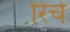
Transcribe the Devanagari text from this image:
रिचे